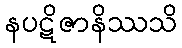
နပဋိဇာနိဿသိ